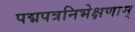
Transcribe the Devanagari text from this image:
पद्मपत्रनिभेक्षणाम्